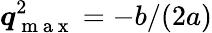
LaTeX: \boldsymbol q_{\mathrm{~m~a~x~}}^{2}=-b/(2a)